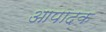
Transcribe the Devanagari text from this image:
आपादक